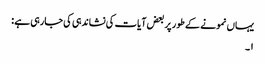
یہاں نمونے کے طور پر بعض آیات کی نشاندہی کی جارہی ہے :
١۔